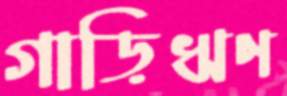
গাড়িঋণ